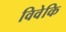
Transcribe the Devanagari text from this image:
विवेकि